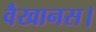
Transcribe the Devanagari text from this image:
वैखानस।